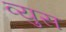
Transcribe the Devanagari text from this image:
व्युस